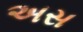
અસ